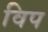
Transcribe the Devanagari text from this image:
विप